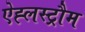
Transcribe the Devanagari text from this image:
ऐह्लस्ट्रौम